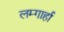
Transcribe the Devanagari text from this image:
लम्गार्हा